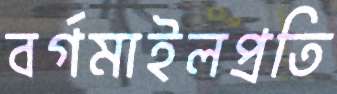
বর্গমাইলপ্রতি